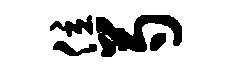
位芍